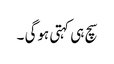
سچ ہی کہتی ہوگی ۔